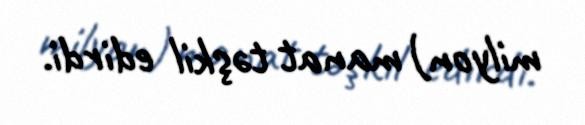
milyon) manat təşkil edirdi.